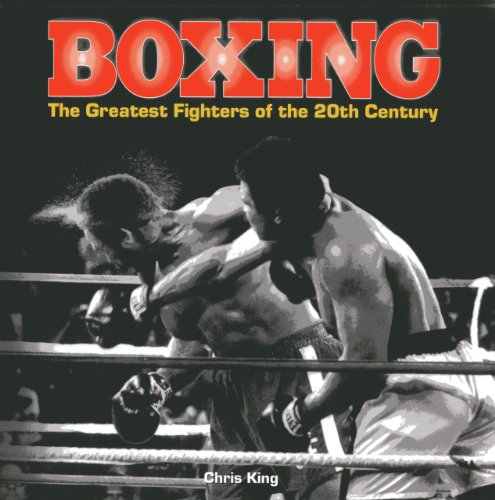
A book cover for Boxing: The Greatest Fighters of the 20th Century: A complete guide to the top names in boxing, shown in over 200 dynamic photographs; Chris King; Sports & Outdoors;